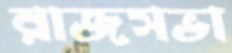
রাজসভা